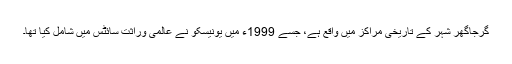
گرجاگھر شہر کے تاریخی مراکز میں واقع ہے، جسے 1999ء میں یونیسکو نے عالمی وراثت سائٹس میں شامل کیا تھا۔